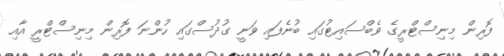
ފޮރިން މިނިސްޓްރީގެ ވެބްސައިޓުގައި ބުނެފައި ވަނީ ގުދުސްގައި ހުންނަ ފޮރިން މިނިސްޓްރީ އާއި